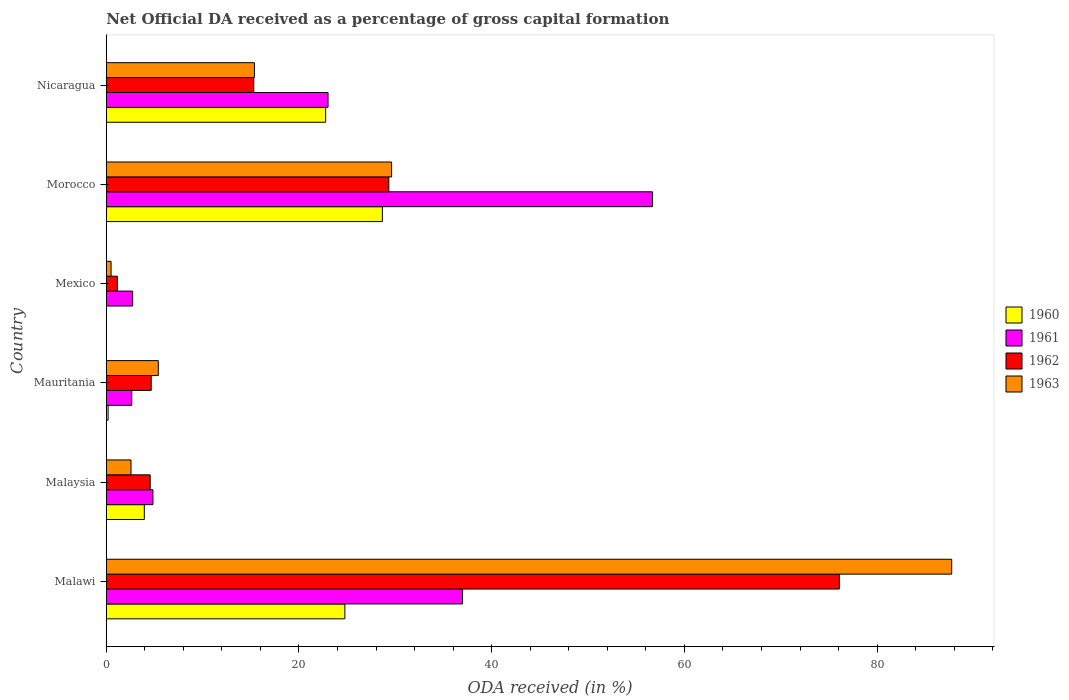
| Country | 1960 | 1961 | 1962 | 1963 |
 | --- | --- | --- | --- | --- |
 | Malawi | 24.8 | 37 | 76.1 | 87.7 |
 | Malaysia | 3.95 | 4.84 | 4.56 | 2.57 |
 | Mauritania | 0.191 | 2.65 | 4.66 | 5.4 |
 | Mexico | -0.0914 | 2.74 | 1.16 | 0.502 |
 | Morocco | 28.7 | 56.7 | 29.3 | 29.6 |
 | Nicaragua | 22.8 | 23 | 15.3 | 15.4 |